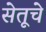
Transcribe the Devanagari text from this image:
सेतूचे